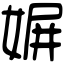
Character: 𡟛